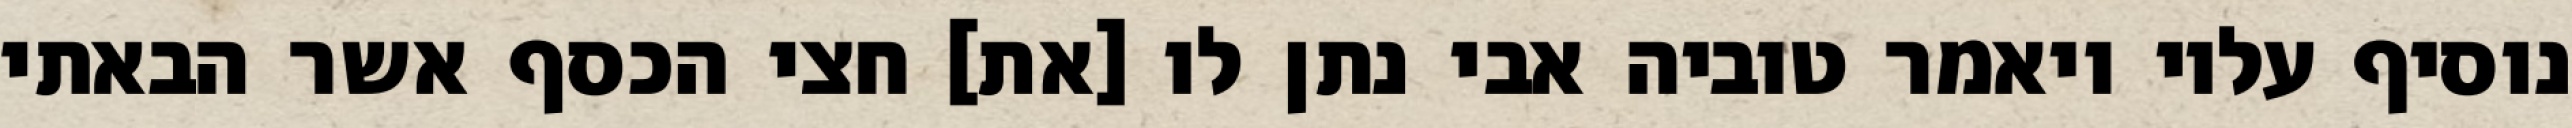
נוסיף עליו ויאמר טוביה אבי נתן לו [את] חצי הכסף אשר הבאתי